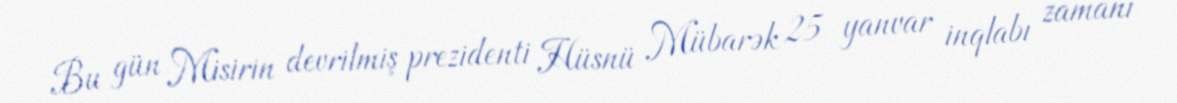
Bu gün Misirin devrilmiş prezidenti Hüsnü Mübarək 25 yanvar inqlabı zamanı